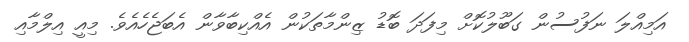
އަމިއްލަ ނަފުސުން ގަބޫލުކޮށް މިފަދަ ބޮޑު ޒިންމާތަކުން އެއްކިބާވާން އެބަޖެހެއެވެ. މިއީ އިލްމާއި